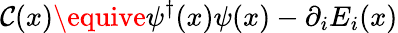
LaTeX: \mathcal{C}(x)\equive\psi^{\dagger}(x)\psi(x)-\partial_{i}E_{i}(x)